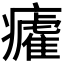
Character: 𭼲